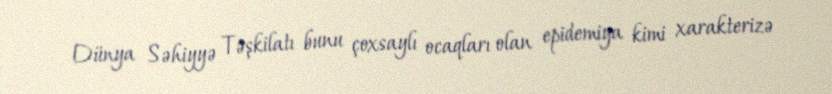
Dünya Səhiyyə Təşkilatı bunu çoxsaylı ocaqları olan epidemiya kimi xarakterizə